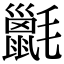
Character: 𣰫